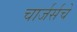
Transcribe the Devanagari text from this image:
चार्जर्सचे